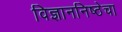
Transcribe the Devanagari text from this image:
विज्ञाननिष्ठेचा